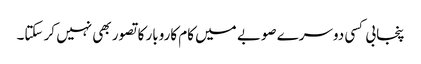
پنجابی کسی دوسرے صوبے میں کام کاروبار کا تصور بھی نہیں کر سکتا۔